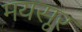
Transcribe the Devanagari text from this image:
मयसूर